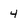
Character: 4